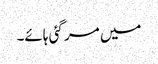
میں مر گئی ہائے۔